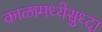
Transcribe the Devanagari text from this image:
काळामध्येसुध्दा